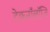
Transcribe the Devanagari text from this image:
टेकनॉलॉजि